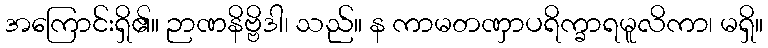
အကြောင်းရှိ၏။ ဉာဏနိဗ္ဗိဒါ၊ သည်။ န ကာမတဏှာပရိက္ခာရမူလိကာ၊ မရှိ။